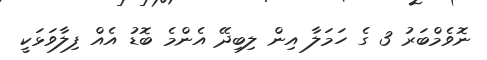
ނޮވެމްބަރު 3 ގެ ހަމަލާ އިން ލިބިދޭ އެންމެ ބޮޑު އެއް ފިލާވަޅަކީ